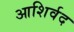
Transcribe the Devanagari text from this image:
आशिर्वद